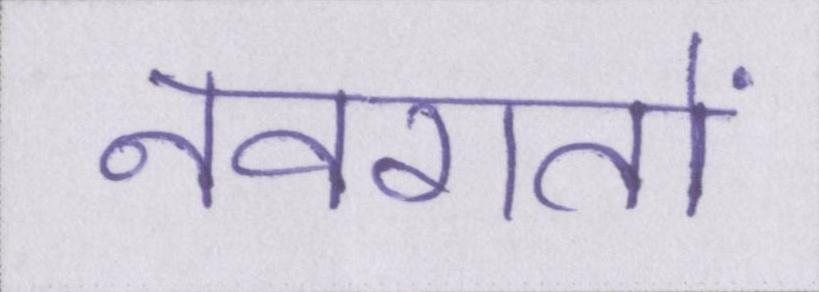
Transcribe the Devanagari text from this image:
नवरातों